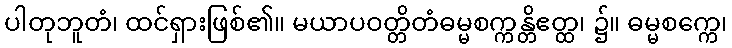
ပါတုဘူတံ၊ ထင်ရှားဖြစ်၏။ မယာပဝတ္တိတံဓမ္မစက္ကန္တိဧတ္ထ၊ ၌။ ဓမ္မစက္ကေ၊